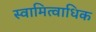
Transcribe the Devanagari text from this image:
स्वामित्वाधिक